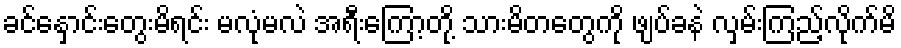
ခင်နှောင်းတွေးမိရင်း မလုံမလဲ အရီးကြော့တို့ သားမိတတွေကို ဖျပ်ခနဲ လှမ်းကြည့်လိုက်မိ